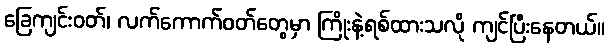
ခြေကျင်းဝတ်၊ လက်ကောက်ဝတ်တွေမှာ ကြိုးနဲ့ရစ်ထားသလို ကျင်ပြီးနေတယ်။